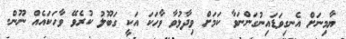
ޔާމިނަށް އެނގިވަޑައިނުގަންނަވާ ކަމަށް ވިދާޅުވާ ވާހަކަ އަކީ ގަބޫލު ކުރެވޭ ވާހަކައެއް ނޫން.